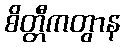
စိတ္တီကတွာန